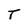
Character: T